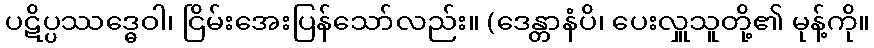
ပဋိပ္ပဿဒ္ဓေဝါ၊ ငြိမ်းအေးပြန်သော်လည်း။ (ဒေန္တာနံပိ၊ ပေးလှူသူတို့၏ မုန့်ကို။